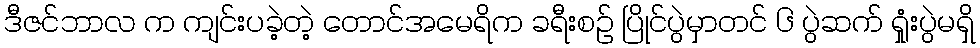
ဒီဇင်ဘာလ က ကျင်းပခဲ့တဲ့ တောင်အမေရိက ခရီးစဉ် ပြိုင်ပွဲမှာတင် ၆ ပွဲဆက် ရှုံးပွဲမရှိ